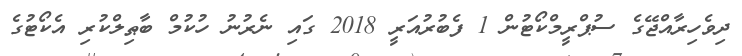
ދިވެހިރާއްޖޭގެ ސުޕްރީމްކޯޓުން 1 ފެބުރުއަރީ 2018 ގައި ނެރުނު ހުކުމް ބާޠިލްކުރި އެކޯޓުގެ